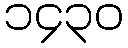
၁၄၃၀